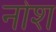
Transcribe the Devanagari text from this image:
नोश